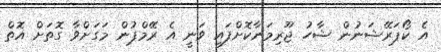
އެ ކޯޕަރޭޝަނުން ޝާހު ޖޫރިމަނާކޮށްފައި ވަނީ އެ ރޭމްޕުން މަގަށްވާ ގޮތަށް އޮތް